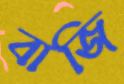
বাজি